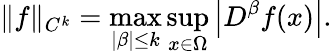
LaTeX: \| f\| _{C^{k}}=\operatorname*{max}_{|\beta|\leq k}\operatorname*{sup}_{x\in\Omega}\left|D^{\beta}f(x)\right|.